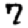
Digit: 7